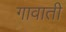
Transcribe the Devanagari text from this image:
गावाती